Document type: Sale
Year: 1326
Scribe: Bartomeu Marc
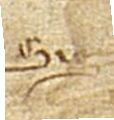
Sig